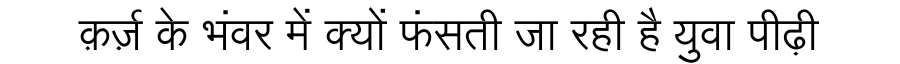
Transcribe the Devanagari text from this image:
क़र्ज़ के भंवर में क्यों फंसती जा रही है युवा पीढ़ी